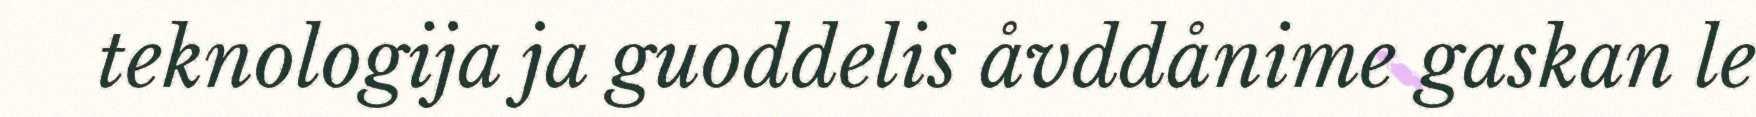
teknologija ja guoddelis åvddånime gaskan le